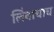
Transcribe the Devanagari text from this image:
लिंबाचाच